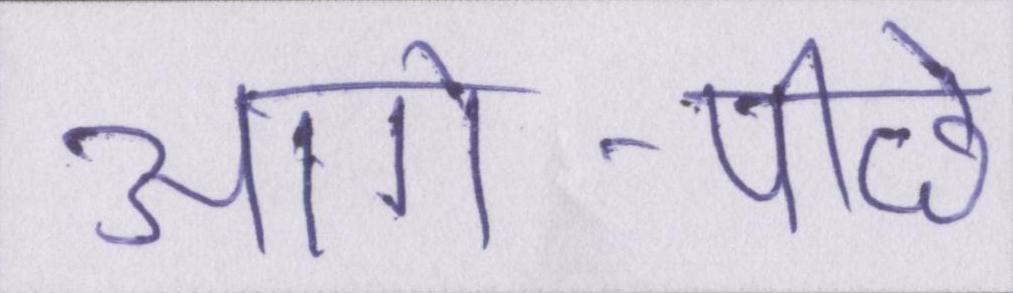
आगे-पीछे